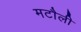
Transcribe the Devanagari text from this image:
मटौली